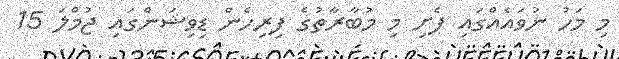
މި މަހު ނުވައެއްގައި ފެށި މި މުބާރާތުގެ ފިރިހެން ޑިވިޝަންގައި ޖުމްލަ 15